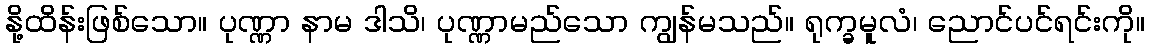
နို့ထိန်းဖြစ်သော။ ပုဏ္ဏာ နာမ ဒါသိ၊ ပုဏ္ဏာမည်သော ကျွန်မသည်။ ရုက္ခမူလံ၊ ညောင်ပင်ရင်းကို။